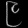
Digit: ၉